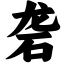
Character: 砻